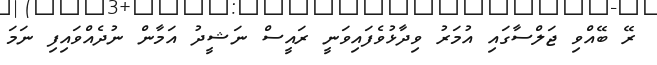
ރޭ ބޭއްވި ޖަލްސާގައި އުމަރު ވިދާޅުވެފައިވަނީ ރައީސް ނަޝީދު އަމާން ނުދެއްވައިފި ނަމަ